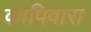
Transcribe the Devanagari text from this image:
कापिवारा